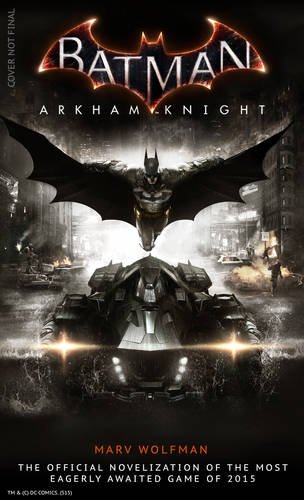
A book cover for Batman Arkham Knight: The Official Novelization; Marv Wolfman; Science Fiction & Fantasy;